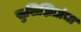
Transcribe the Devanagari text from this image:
सुशिक्षितांचा